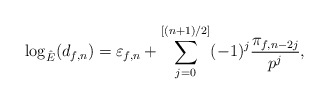
\begin{align*}\log_{\hat{E}}(d_{f, n}) = \varepsilon_{f, n} + \sum_{j=0}^{[(n+1)/2]} (-1)^j \frac{\pi_{f, n - 2j}}{p^j},\end{align*}